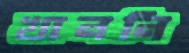
খাননি